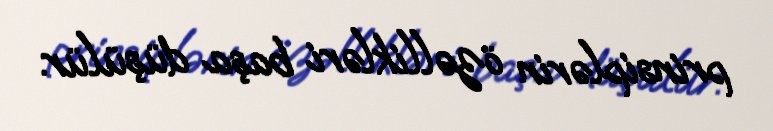
prinsiplərin özəllikləri başa düşülür.